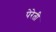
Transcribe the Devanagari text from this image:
पेरेती